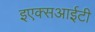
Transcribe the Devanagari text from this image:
इएक्सआईटी